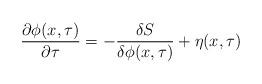
LaTeX: \begin{align*}\frac{\partial\phi(x,\tau)}{\partial \tau}=-\frac{\delta S}{\delta\phi(x,\tau)} + \eta(x,\tau)\end{align*}